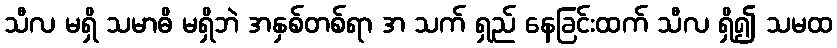
သီလ မရှိ သမာဓိ မရှိဘဲ အနှစ်တစ်ရာ အ သက် ရှည် နေခြင်းထက် သီလ ရှိ၍ သမထ